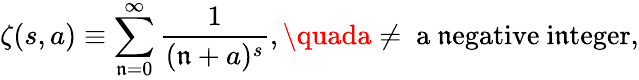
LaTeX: \zeta(s,a)\equiv\sum_{\mathfrak{n}=0}^{\infty}\frac{{1}}{{(\mathfrak{n}+a)^{s}}},\quada\ne\mathrm{{~a~\mathfrak{n}egative~i\mathfrak{n}teger}},